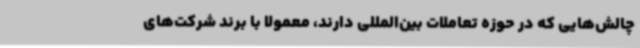
چالش‌هایی که در حوزه تعاملات بین‌المللی دارند، معمولا با برند شرکت‌های